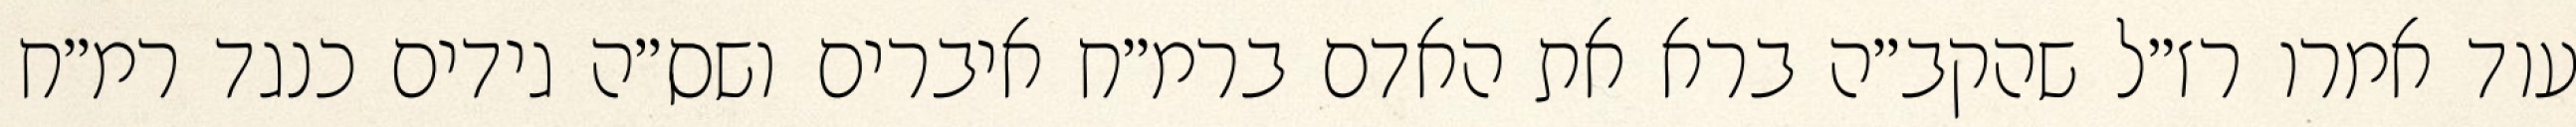
עוד אמרו רז״ל שהקב״ה ברא את האדם ברמ״ח איברים ושס״ה גידים כנגד רמ״ח